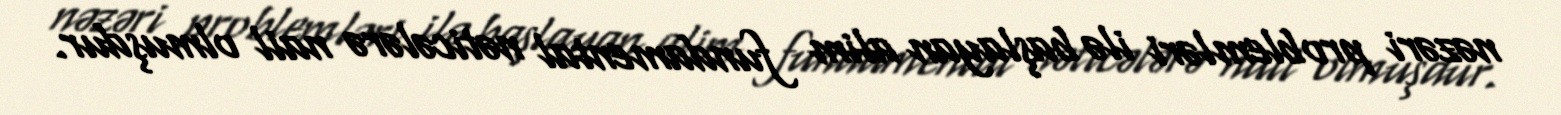
nəzəri problemləri ilə başlayan alim fundamental nəticələrə nail olmuşdur.